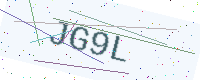
Text: JG9L